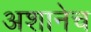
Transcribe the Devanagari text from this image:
अशानेच